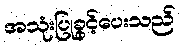
အသုံးပြုခွင့်ပေးသည်